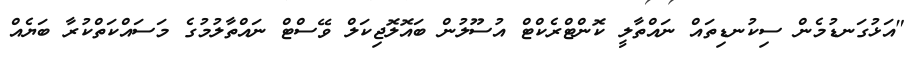
"އަޅުގަނޑުމެން ސިކުނޑިތައް ނައްތާލީ ކޮންޓްރެކްޓް އުސޫލުން ބައޮލޮޖިކަލް ވޭސްޓް ނައްތާލުމުގެ މަސައްކަތްކުރާ ބަޔެއް